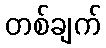
တစ်ချက်